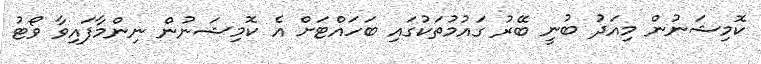
ކޮމިޝަނުން މިއަދު ބުނީ ބޭރު ގައުމުތަކުގައި ބަހައްޓަށް އެ ކޮމިޝަނުން ނިންމާފައިވާ ވޯޓު